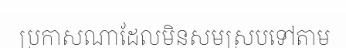
ប្រកាសណាដែលមិនសមស្របទៅតាម